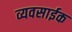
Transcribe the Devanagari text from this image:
व्यवसाईक